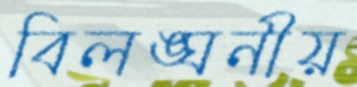
বিলঙ্ঘনীয়